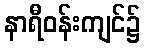
နာရီဝန်းကျင်၌